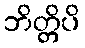
ဘိတ္တိပိ